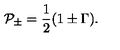
{ \cal P } _ { \pm } = \frac { 1 } { 2 } ( 1 \pm \Gamma ) .